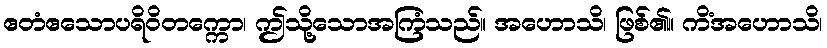
ဧတံဧသောပရိဝိတက္ကော၊ ဤသို့သောအကြံသည်။ အဟောသိ၊ ဖြစ်၏။ ကိံအဟောသိ၊